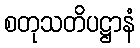
စတုသတိပဋ္ဌာနံ